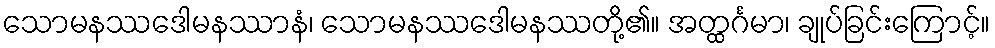
သောမနဿဒေါမနဿာနံ၊ သောမနဿဒေါမနဿတို့၏။ အတ္ထင်္ဂမာ၊ ချုပ်ခြင်းကြောင့်။